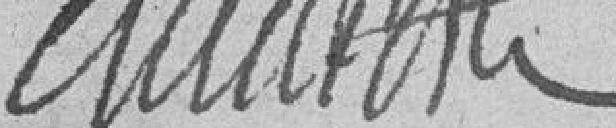
???